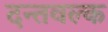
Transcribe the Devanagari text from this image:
दन्तवल्क